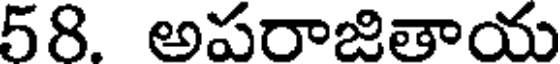
58. అపరాజితాయ